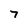
Character: 7